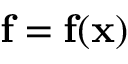
\mathbf { f } = \mathbf { f } ( \mathbf { x } )